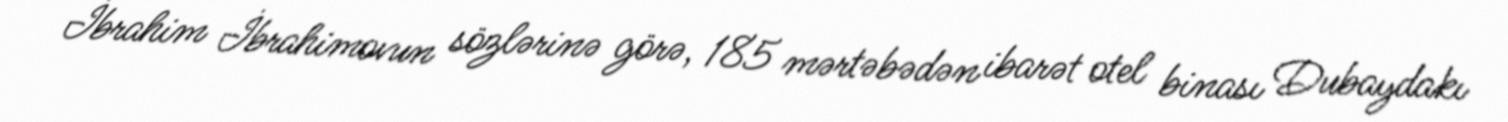
İbrahim İbrahimovun sözlərinə görə, 185 mərtəbədən ibarət otel binası Dubaydakı